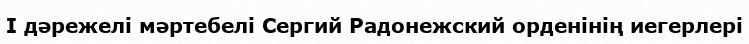
I дәрежелі мәртебелі Сергий Радонежский орденінің иегерлері